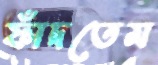
ফাঁদতেম